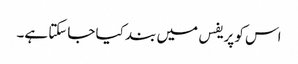
اس کو پریفس میں بند کیا جاسکتا ہے۔